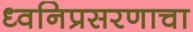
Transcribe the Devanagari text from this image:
ध्वनिप्रसरणाचा